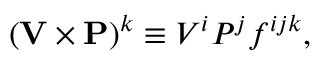
( { \bf V } \times { \bf P } ) ^ { k } \equiv V ^ { i } P ^ { j } f ^ { i j k } ,